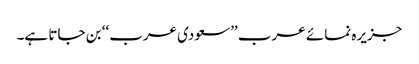
جزیرہ نمائے عرب ’’سعودی عرب‘‘ بن جاتا ہے۔